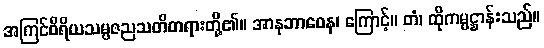
အကြင်ဝီရိယသမ္ပဇညသတိတရားတို့၏။ အာနုဘာဝေန၊ ကြောင့်။ တံ၊ ထိုကမ္မဋ္ဌာန်းသည်။